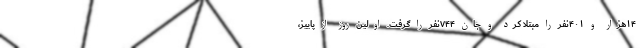
۱۴هزار و ۴۰۱نفر را مبتلا کرد و جان ۷۴۴نفر را گرفت. اولین روز از پاییز،